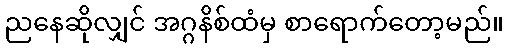
ညနေဆိုလျှင် အဂ္ဂနိစ်ထံမှ စာရောက်တော့မည်။